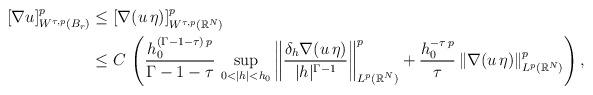
LaTeX: \begin{align*}[\nabla u]^p_{W^{\tau,p}(B_r)}&\le [\nabla (u\,\eta)]^p_{W^{\tau,p}(\mathbb{R}^N)}\\&\le C\,\left(\frac{h_0^{(\Gamma-1-\tau)\,p}}{\Gamma-1-\tau}\, \sup_{0<|h|<h_0} \left\|\frac{\delta_h \nabla (u\,\eta)}{|h|^{\Gamma-1}}\right\|_{L^p(\mathbb{R}^N)}^p+\frac{h_0^{-\tau\,p}}{\tau}\,\|\nabla (u\,\eta)\|^p_{L^p(\mathbb{R}^N)}\right),\end{align*}